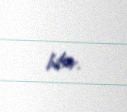
bilər.